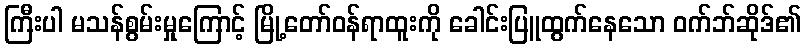
ကြီးပါ မသန်စွမ်းမှုကြောင့် မြို့တော်ဝန်ရာထူးကို ခေါင်းပြူထွက်နေသော ဝက်ဘ်ဆိုဒ်၏